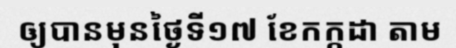
ឲ្យបានមុនថ្ងៃទី១៧ ខែកក្កដា តាម